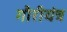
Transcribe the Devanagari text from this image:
गौरीयंत्र